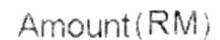
AMOUNT(RM)